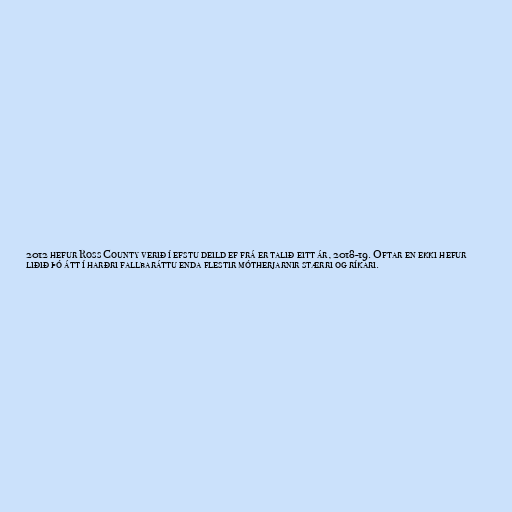
2012 hefur Ross County verið í efstu deild ef frá er talið eitt ár, 2018-19. Oftar en ekki hefur
liðið þó átt í harðri fallbaráttu enda flestir mótherjarnir stærri og ríkari.